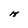
Character: H